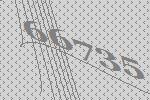
66735